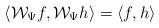
LaTeX: \begin{align*}\left<\mathcal W_\Psi f,\mathcal W_\Psi h\right>=\left<f,h\right>\end{align*}